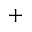
+